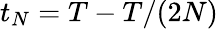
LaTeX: {t_{N}=T-T/(2N)}